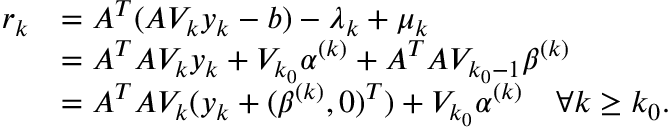
\begin{array} { r l } { r _ { k } } & { = A ^ { T } ( A V _ { k } y _ { k } - b ) - \lambda _ { k } + \mu _ { k } } \\ & { = A ^ { T } A V _ { k } y _ { k } + V _ { k _ { 0 } } \alpha ^ { ( k ) } + A ^ { T } A V _ { k _ { 0 } - 1 } \beta ^ { ( k ) } } \\ & { = A ^ { T } A V _ { k } ( y _ { k } + ( \beta ^ { ( k ) } , 0 ) ^ { T } ) + V _ { k _ { 0 } } \alpha ^ { ( k ) } \quad \forall k \ge k _ { 0 } . } \end{array}